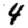
Digit: 4